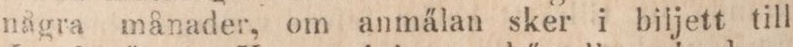
några månader, om anmälan sker i biljett till